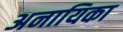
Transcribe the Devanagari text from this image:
अनायिका